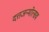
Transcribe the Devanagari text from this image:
दत्तजन्मोत्सव